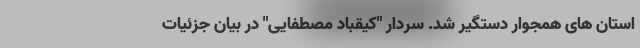
استان های همجوار دستگیر شد. سردار "کیقباد مصطفایی" در بیان جزئیات